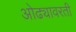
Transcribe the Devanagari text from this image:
ओढ्यावरती